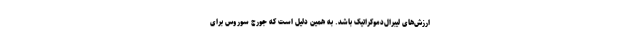
ارزش‌های لیبرال‌دموکراتیک باشد. به همین دلیل است که جورج سوروس برای